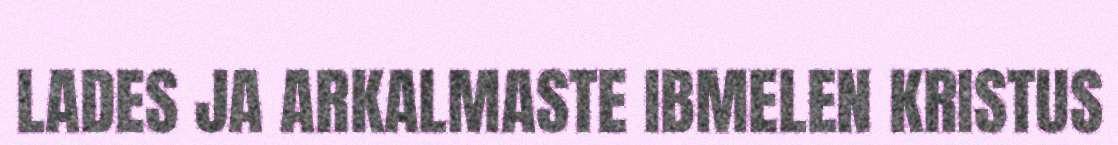
LADES JA ARKALMASTE IBMELEN KRISTUS